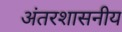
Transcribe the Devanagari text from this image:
अंतरशासनीय